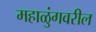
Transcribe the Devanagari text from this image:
महाळुंगवरील